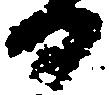
日